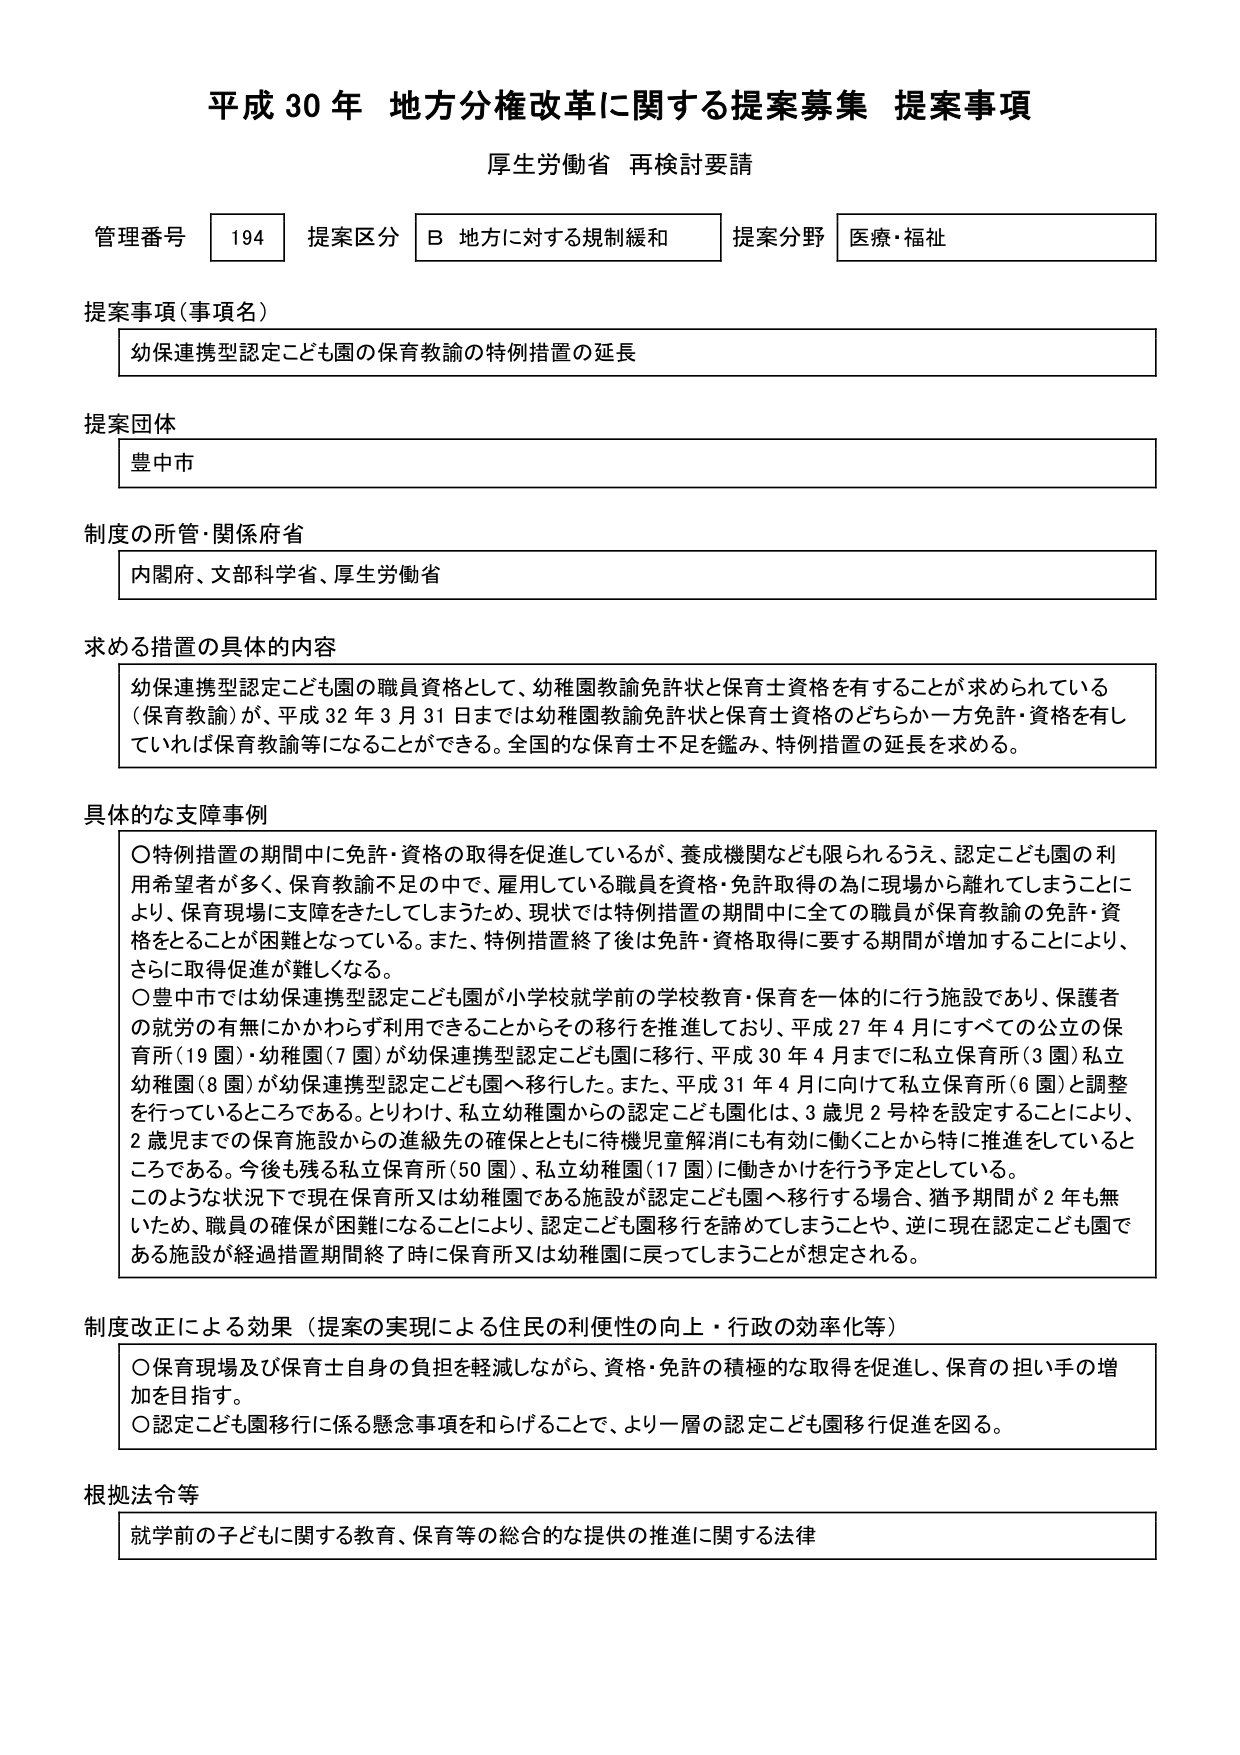
平成30年 地方分権改革に関する提案募集 提案事項
厚生労働省 再検討要請

管理番号 194 提案区分 B 地方に対する規制緩和 提案分野 医療・福祉

提案事項（事項名）
幼保連携型認定こども園の保育教諭の特例措置の延長

提案団体
豊中市

制度の所管・関係府省
内閣府、文部科学省、厚生労働省

求める措置の具体的内容
幼保連携型認定こども園の職員資格として、幼稚園教諭免許状と保育士資格を有することが求められている（保育教諭）が、平成32年3月31日までは幼稚園教諭免許状と保育士資格のどちらか一方免許・資格を有していれば保育教諭等になることができる。全国的な保育士不足を鑑み、特例措置の延長を求める。

具体的な支援事例
〇特例措置の期間中に免許・資格の取得を促進しているが、養成機関なども限られるうえ、認定こども園の利用希望者が多く、保育教諭不足の中で、雇用している職員を資格・免許取得の為に現場から離れてしまうことにより、保育現場に支障をきたしてしまうため、現状では特例措置の期間中に全ての職員が保育教諭の免許・資格をとることが困難となっている。また、特例措置終了後は免許・資格取得に要する期間が増加することにより、さらに取得促進が難しくなる。
〇豊中市では幼保連携型認定こども園が小学校就学前の学校教育・保育を一体的に行う施設であり、保護者の就労の有無にかかわらず利用できることからその移行を推進しており、平成27年4月にすべての公立の保育所（19園）・幼稚園（7園）が幼保連携型認定こども園に移行し、平成30年4月までに私立保育所（3園）私立幼稚園（8園）が幼保連携型認定こども園へ移行した。また、平成31年4月に向けて私立保育所（6園）と調整を行っているところである。とりわけ、私立幼稚園からの認定こども園化は、3歳児2号枠を設定することにより、2歳児までの保育施設からの進級先の確保とともに待機児童解消にも有効に働くことから特に推進をしているところである。今後も残る私立保育所（50園）、私立幼稚園（17園）に働きかけを行う予定としている。
このような状況下で現在保育所又は幼稚園である施設が認定こども園へ移行する場合、猶予期間が2年も無いため、職員の確保が困難になることにより、認定こども園移行を諦めてしまうことや、逆に現在認定こども園である施設が経過措置期間終了時に保育所又は幼稚園に戻ってしまうことが想定される。

制度改正による効果（提案の実現による住民の利便性の向上・行政の効率化等）
〇保育現場及び保育士自身の負担を軽減しながら、資格・免許の積極的な取得を促進し、保育の担い手の増加を目指す。
〇認定こども園移行に係る懸念事項を和らげることで、より一層の認定こども園移行促進を図る。

根拠法令等
就学前の子どもに関する教育、保育等の総合的な提供の推進に関する法律